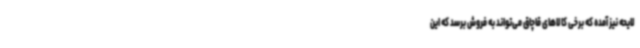
لایحه نیز آمده که برخی کالاهای قاچاق می‌تواند به فروش برسد که این